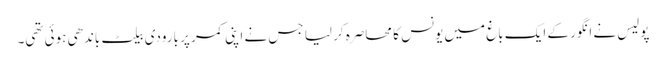
پولیس نے انگور کے ایک باغ میں یونس کا محاصرہ کر لیا جس نے اپنی کمر پر بارودی بیلٹ باندھی ہوئی تھی۔